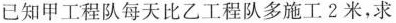
已知甲工程队每天比乙工程队多施工2米，求